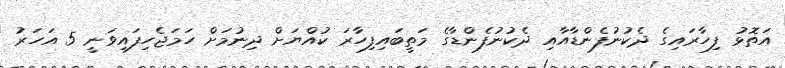
އަތޮޅު ފިހާރައިގެ ދެކުނުފެންޑާއާއި ދެކުނުފެންޑާގެ މަތީބައިފިހާރަ ކުއްޔަށް ދިނުމަށް ހަމަޖެހިފައިވަނީ 5 އަހަރު